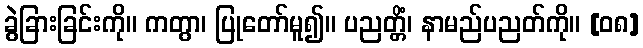
ခွဲခြားခြင်းကို။ ကတွာ၊ ပြုတော်မူ၍။ ပညတ္တိံ၊ နာမည်ပညတ်ကို။ [၀၈]